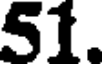
51.